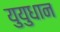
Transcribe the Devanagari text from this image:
युयुधान